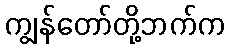
ကျွန်တော်တို့ဘက်က